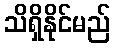
သိရှိနိုင်မည်